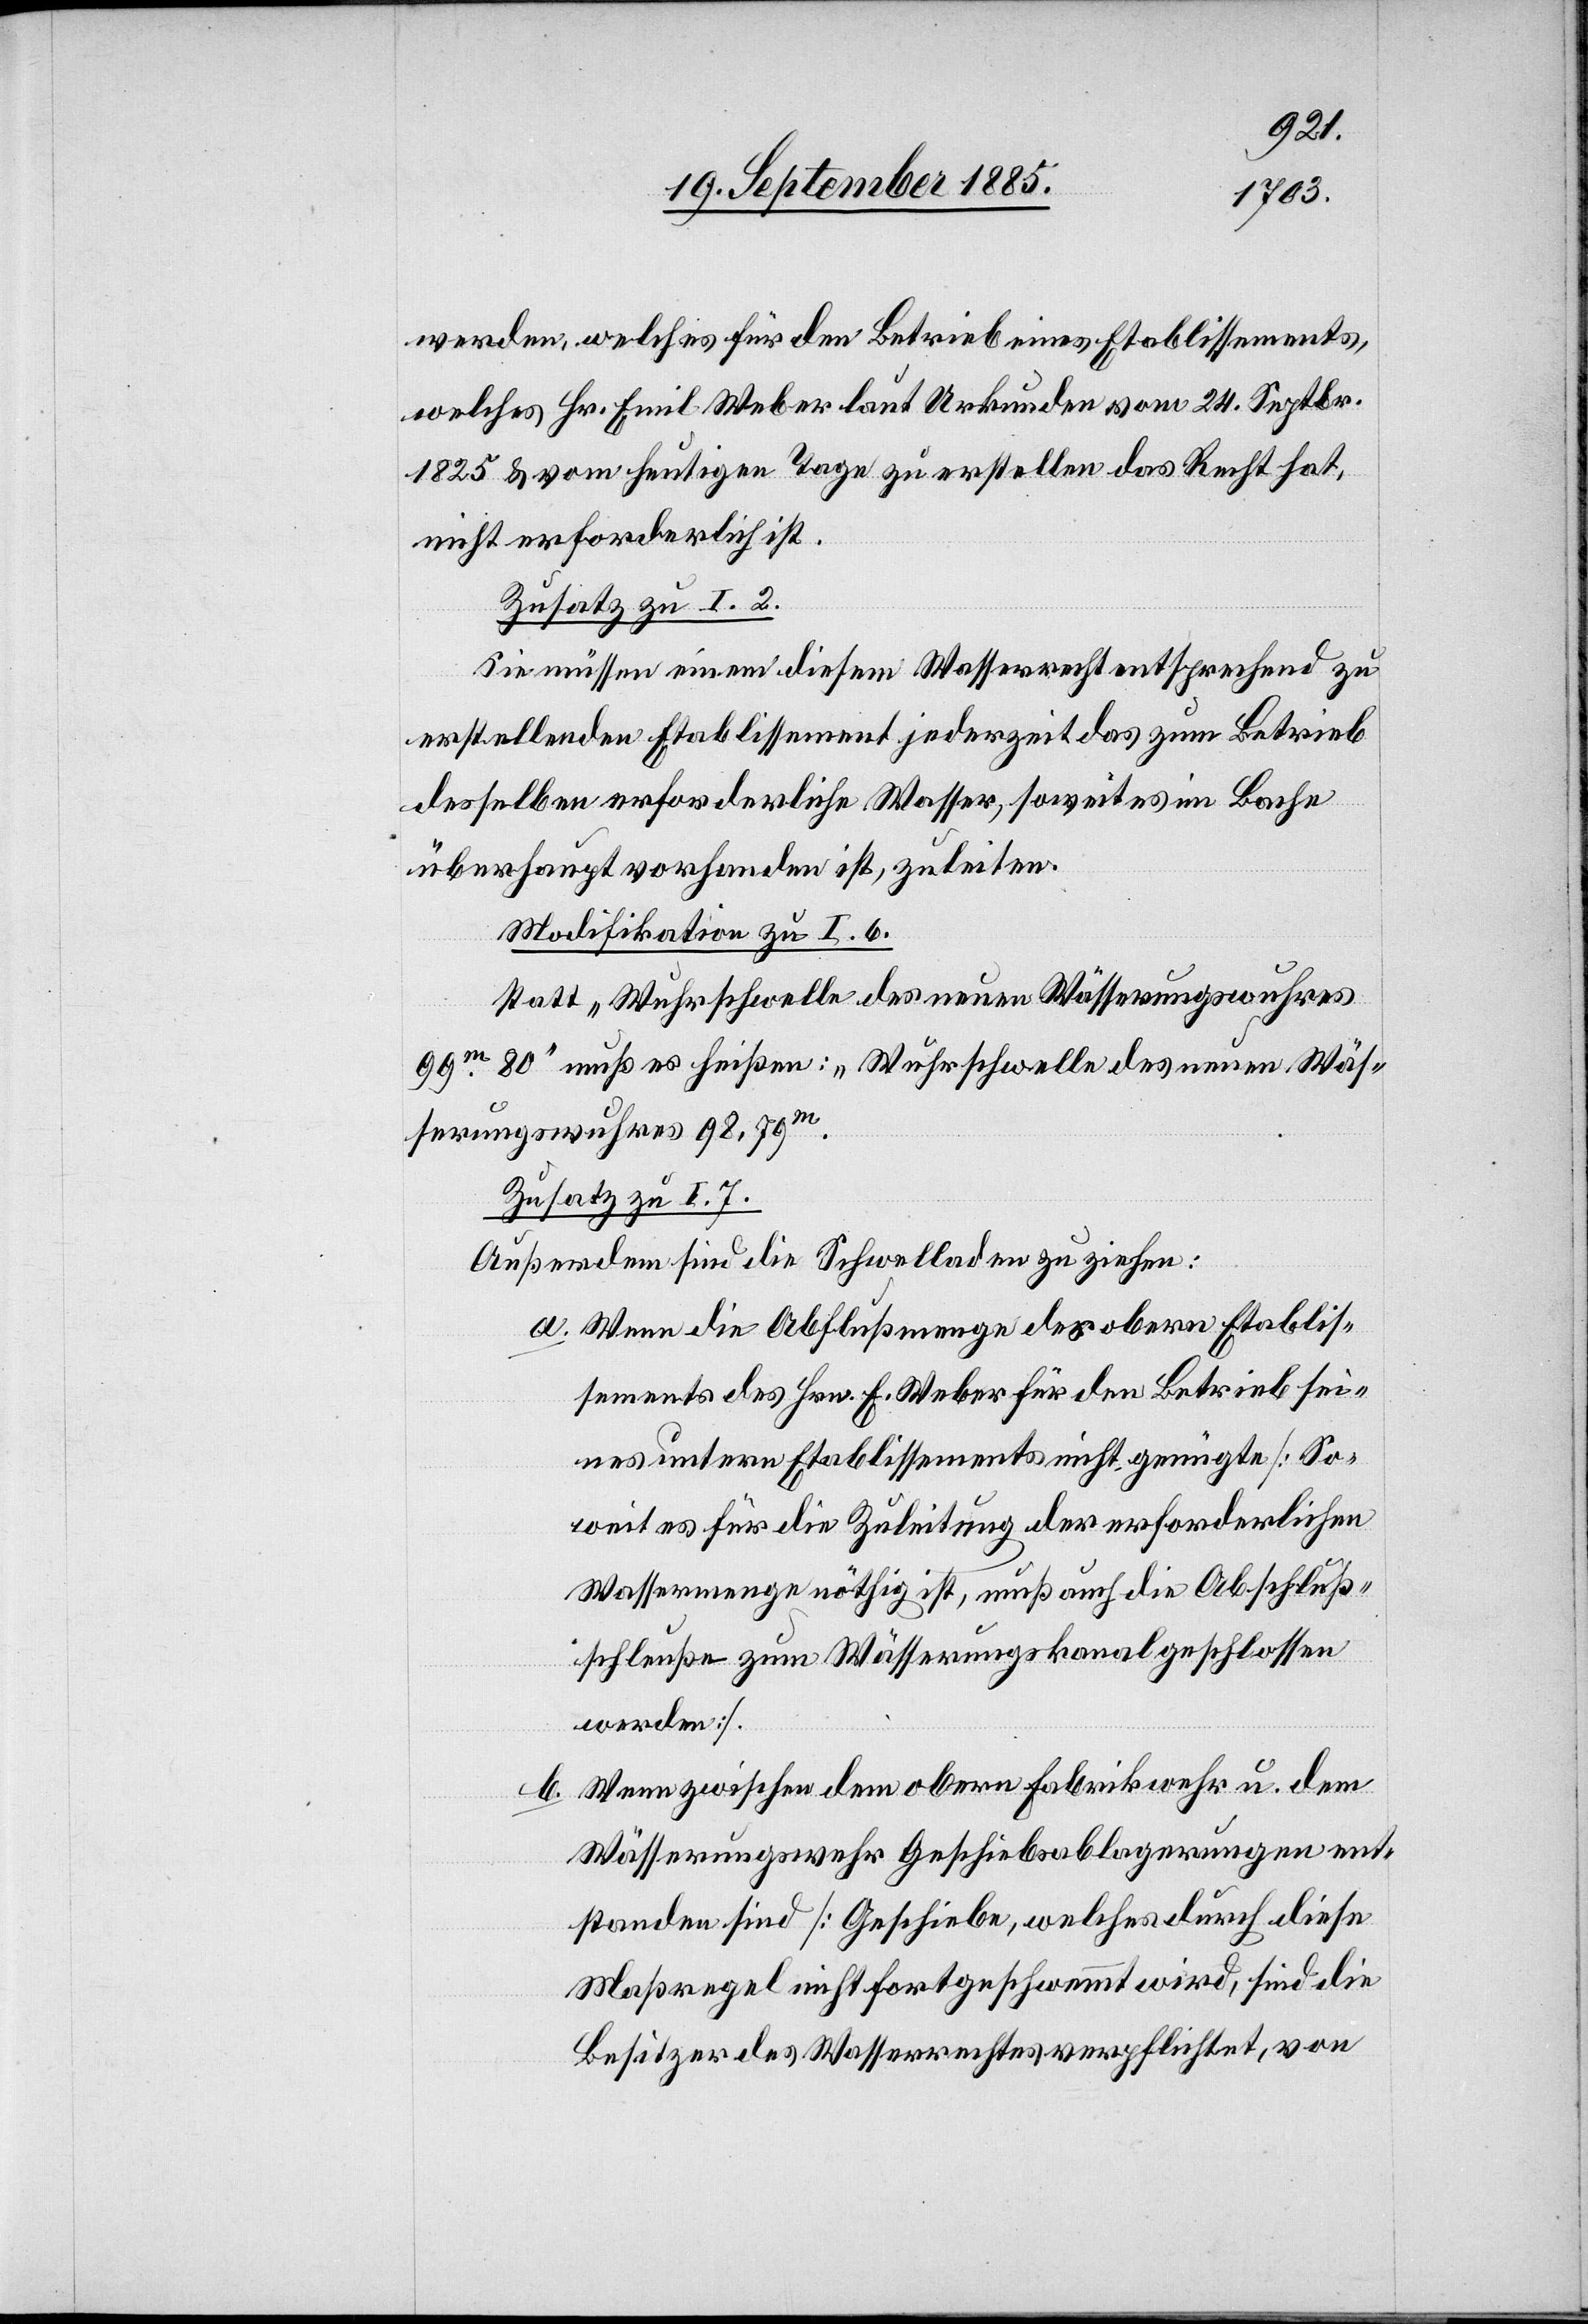
werden, welches für den Betrieb eines Etablissements,
welches Hr. Emil Weber laut Urkunden vom 24. Septbr.
1825 & vom heutigen Tage zu erstellen das Recht hat,
nicht erforderlich ist.
Zusatz zu I. 2.
Sie müssen einem diesem Wasserrecht entsprechend zu
erstellenden Etablissement jederzeit das zum Betrieb
desselben erforderliche Wasser, soweit es im Bache
überhaupt vorhanden ist, zuleiten.
Modifikation zu I. 6.
statt „Wuhrschwelle des neuen Wässerungswuhres
99m 80“ muß es heißen: „Wuhrschwelle des neuen Wäs¬
serungswuhres 98,79m.“
Zusatz zu I. 7.
Außerdem sind die Schwelladen zu ziehen:
a. Wenn die Abflußmenge des obern Etablis¬
sements des Hrn. E. Weber für den Betrieb sei¬
nes untern Etablissements nicht genügte. [So¬
weit es für die Zuleitung der erforderlichen
Wassermenge nöthig ist, muß auch die Abschluß¬
schleuße zum Wässerungskanal geschlossen
werden].
Wenn zwischen dem obern Fabrikwehr u. dem
Wässerungswehr Geschiebsablagerungen ent¬
standen sind Geschiebe, welches durch diese
Maßregel nicht fortgeschwemmt wird, sind die
Besitzer des Wasserrechtes verpflichtet, von